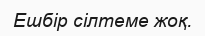
Ешбір сілтеме жоқ.